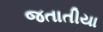
જતાતીયા